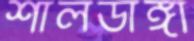
শালডাঙ্গা